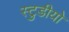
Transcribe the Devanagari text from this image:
स्टुडीयो